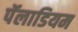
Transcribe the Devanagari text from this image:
पॅलाडियम